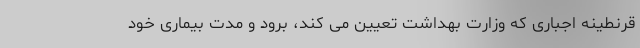
قرنطینه اجباری که وزارت بهداشت تعیین می کند، برود و مدت بیماری خود